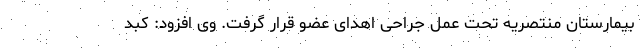
بیمارستان منتصریه تحت عمل جراحی اهدای عضو قرار گرفت. وی افزود: کبد